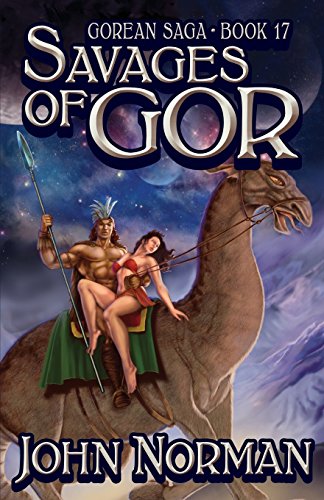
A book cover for Savages of Gor (Gorean Saga); John Norman; Romance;